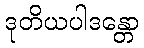
ဒုတိယပါဒန္တော